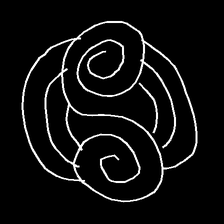
Glyph: wind-underfoot